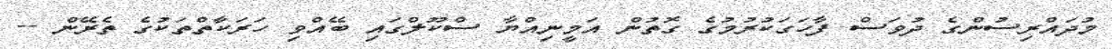
މުދައްރިސުންގެ ދުވަސް ފާހަގަކުރުމުގެ ގޮތުން އަމީނިއްޔާ ސްކޫލްގައި ބޭއްވި ހަރަކާތްތަކުގެ ތެރޭން --